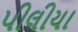
પીલીયા